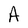
Character: A